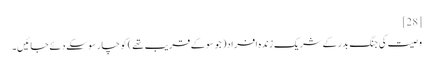
[28]
وصیت کی جنگ بدر کے شریک زندہ افراد( جو سو کے قریب تھے) کو چار سو سکے دئے جائیں۔